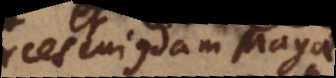
es cujusdam Magae